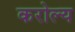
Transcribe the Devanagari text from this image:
करोल्य